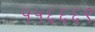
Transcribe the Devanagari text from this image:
५५६६६९